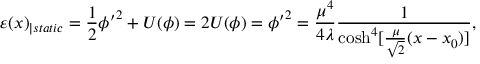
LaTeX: \varepsilon ( x ) _ { \mid s t a t i c } = \frac { 1 } { 2 } \phi { ' } ^ { 2 } + U ( \phi ) = 2 U ( \phi ) = \phi { ' } ^ { 2 } = \frac { \mu ^ { 4 } } { 4 \lambda } \frac { 1 } { \cosh ^ { 4 } [ \frac { \mu } { \sqrt { 2 } } ( x - x _ { 0 } ) ] } ,